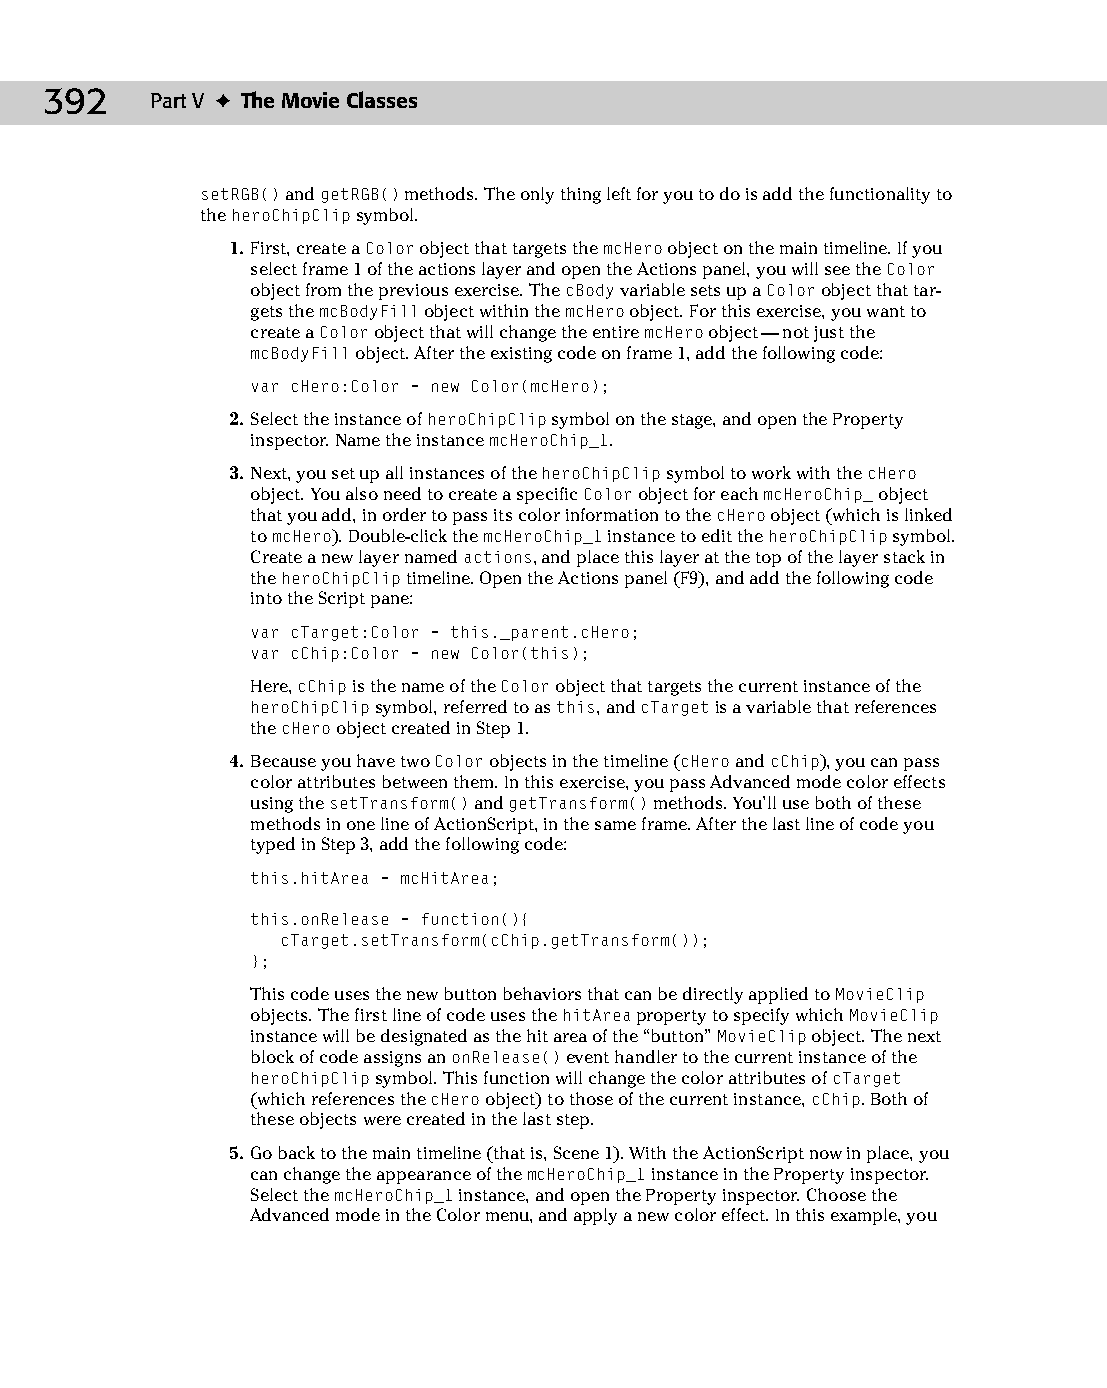
22 543547 ch16.qxd 3/24/04 4:11 PM Page 392
 392    Part V ✦ The Movie Classes
 setRGB() and getRGB() methods. The only thing left for you to do is add the functionality to
 the heroChipClip symbol.
 1. First, create a Color object that targets the mcHero object on the main timeline. If you
 select frame 1 of the actions layer and open the Actions panel, you will see the Color
 object from the previous exercise. The cBody variable sets up a Color object that tar­
 gets the mcBodyFill object within the mcHero object. For this exercise, you want to
 create a Color object that will change the entire mcHero object — not just the
 mcBodyFill object. After the existing code on frame 1, add the following code:
 var cHero:Color = new Color(mcHero);
 2. Select the instance of heroChipClip symbol on the stage, and open the Property
 inspector. Name the instance mcHeroChip_1.
 3. Next, you set up all instances of the heroChipClip symbol to work with the cHero
 object. You also need to create a specific Color object for each mcHeroChip_ object
 that you add, in order to pass its color information to the cHero object (which is linked
 to mcHero). Double-click the mcHeroChip_1 instance to edit the heroChipClip symbol.
 Create a new layer named actions, and place this layer at the top of the layer stack in
 the heroChipClip timeline. Open the Actions panel (F9), and add the following code
 into the Script pane:
 var cTarget:Color = this._parent.cHero;
 var cChip:Color = new Color(this);
 Here, cChip is the name of the Color object that targets the current instance of the
 heroChipClip symbol, referred to as this, and cTarget is a variable that references
 the cHero object created in Step 1.
 4. Because you have two Color objects in the timeline (cHero and cChip), you can pass
 color attributes between them. In this exercise, you pass Advanced mode color effects
 using the setTransform() and getTransform() methods. You’ll use both of these
 methods in one line of ActionScript, in the same frame. After the last line of code you
 typed in Step 3, add the following code:
 this.hitArea = mcHitArea;
 this.onRelease = function(){
 cTarget.setTransform(cChip.getTransform());
 };
 This code uses the new button behaviors that can be directly applied to MovieClip
 objects. The first line of code uses the hitArea property to specify which MovieClip
 instance will be designated as the hit area of the “button” MovieClip object. The next
 block of code assigns an onRelease() event handler to the current instance of the
 heroChipClip symbol. This function will change the color attributes of cTarget
 (which references the cHero object) to those of the current instance, cChip. Both of
 these objects were created in the last step.
 5. Go back to the main timeline (that is, Scene 1). With the ActionScript now in place, you
 can change the appearance of the mcHeroChip_1 instance in the Property inspector.
 Select the mcHeroChip_1 instance, and open the Property inspector. Choose the
 Advanced mode in the Color menu, and apply a new color effect. In this example, you